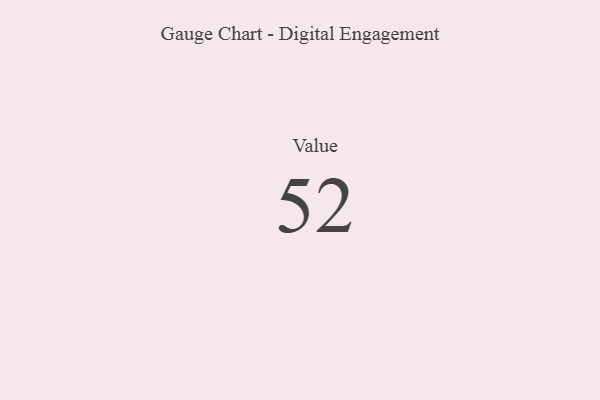
{"axis": {"x": "Metric", "y": "Value"}, "legend": [""], "data": [{"x": "Value", "y": 52, "type": ""}]}